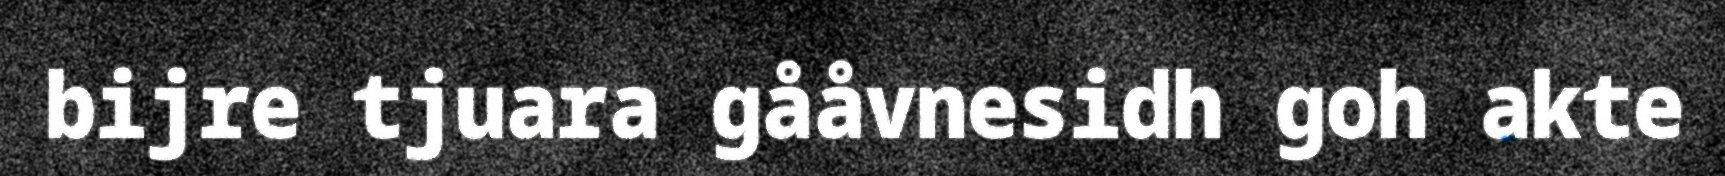
bijre tjuara gååvnesidh goh akte